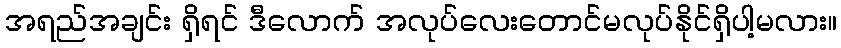
အရည်အချင်း ရှိရင် ဒီလောက် အလုပ်လေးတောင်မလုပ်နိုင်ရှိပါ့မလား။